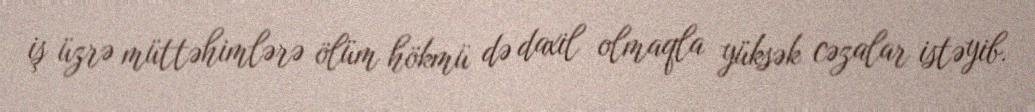
iş üzrə müttəhimlərə ölüm hökmü də daxil olmaqla yüksək cəzalar istəyib.